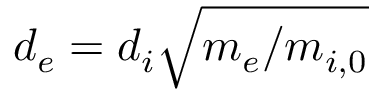
d _ { e } = d _ { i } \sqrt { m _ { e } / m _ { i , 0 } }